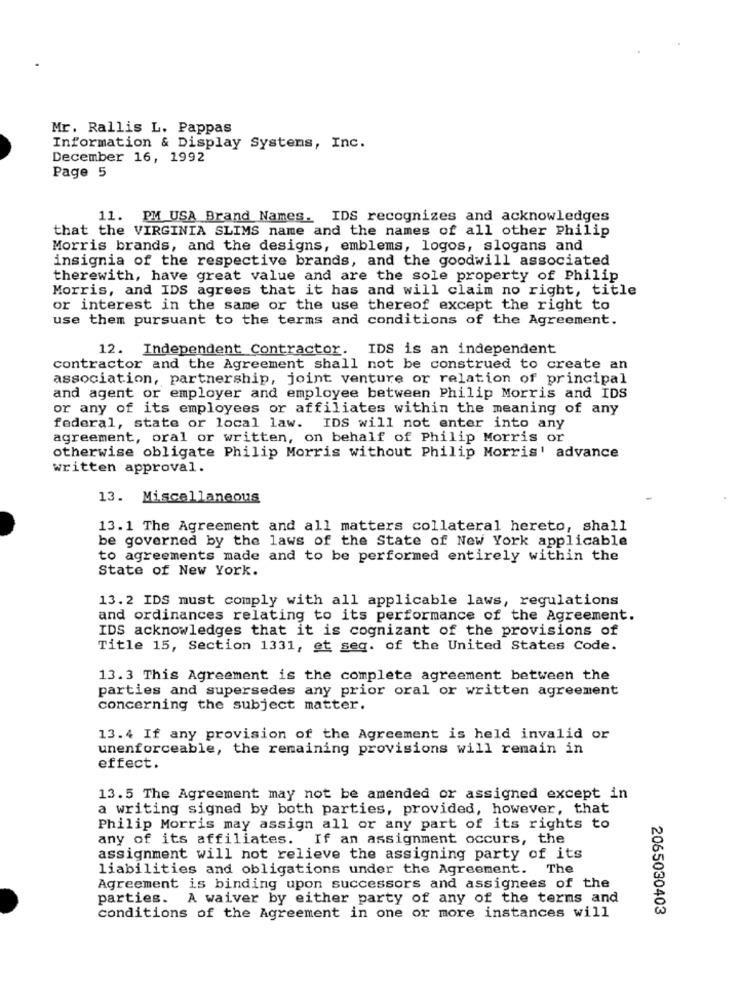
Mr. Rallis L. Pappas
Information & Display Systems, Inc.
December 16, 1992
Page 5
11. PM USA Brand Names. IDS recognizes and acknowledges
that the VIRGINIA SLIMS name and the names of all other Philip
Morris brands, and the designs, emblems, logos, slogans and
insignia of the respective brands, and the goodwill associated
therewith, have great value and are the sole property of Philip
Morris, and IDS agrees that it has and will claim no right, title
or interest in the same or the use thereof except the right to
use them pursuant to the terms and conditions of the Agreement.
12. Independent Contractor. IDS is an independent
contractor and the Agreement shall not be construed to create an
association, partnership, joint venture or relation of principal
and agent or employer and employee between Philip Morris and IDS
or any of its employees or affiliates within the meaning of any
federal, state or local law. IDS will not enter into any
agreement, oral or written, on behalf of Philip Morris or
otherwise obligate Philip Morris without Philip Morris' advance
written approval.
13. Miscellaneous
13.1 The Agreement and all matters collateral hereto, shall
be governed by the laws of the State of New York applicable
to agreements made and to be performed entirely within the
State of New York.
13.2 IDS must comply with all applicable laws, regulations
and ordinances relating to its performance of the Agreement.
IDS acknowledges that it is cognizant of the provisions of
Title 15, Section 1331, et seq. of the United States Code.
13.3 This Agreement is the complete agreement between the
parties and supersedes any prior oral or written agreement
concerning the subject matter.
13.4 If any provision of the Agreement is held invalid or
unenforceable, the remaining provisions will remain in
effect.
13.5 The Agreement may not be amended or assigned except in
a writing signed by both parties, provided, however, that
Philip Morris may assign all or any part of its rights to
any of its affiliates. If an assignment occurs, the
assignment will not relieve the assigning party of its
liabilities and obligations under the Agreement. The
Agreement is binding upon successors and assignees of the
parties. A waiver by either party of any of the terms and
2065030403
conditions of the Agreement in one or more instances will